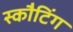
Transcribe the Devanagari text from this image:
स्कौटिंग